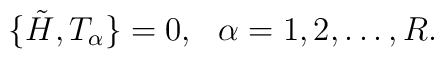
\{ \tilde{H}, T_\alpha \} =0, \,\,\,\, \alpha=1,2,\dots, R.